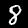
Label: 8